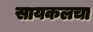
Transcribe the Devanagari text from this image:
सायकलचा